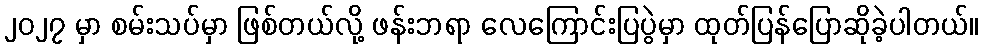
၂၀၂၇ မှာ စမ်းသပ်မှာ ဖြစ်တယ်လို့ ဖန်းဘရာ လေကြောင်းပြပွဲမှာ ထုတ်ပြန်ပြောဆိုခဲ့ပါတယ်။